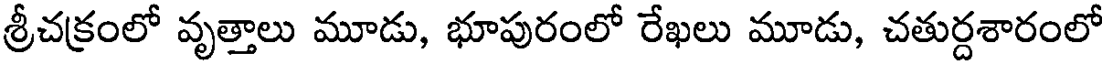
శ్రీచక్రంలో వృత్తాలు మూడు, భూపురంలో రేఖలు మూడు, చతుర్దశారంలో